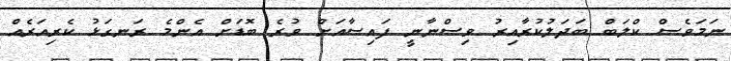
ނަމަވެސް ކްލަބް ބަދަލުކުރާއިރު ވިސްނާނީ ފައިސާއަށް ވުރެ ބޮޑަށް އެންމެ ރަނގަޅު ކެރިއަރެއް